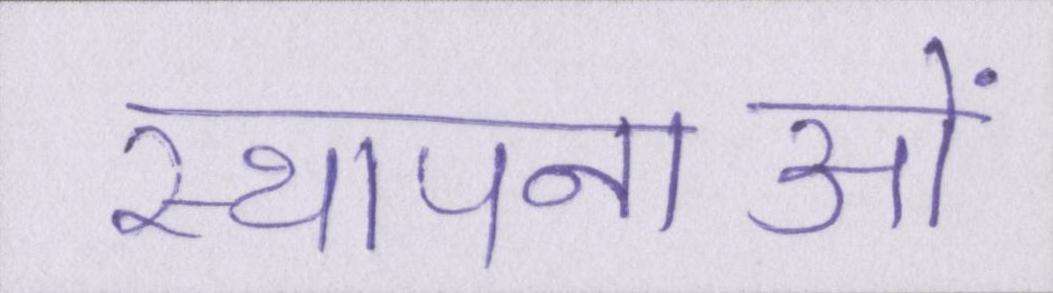
स्थापनाओं